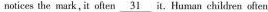
notices the mark , it often \underline { 3 1 } it. Human children often